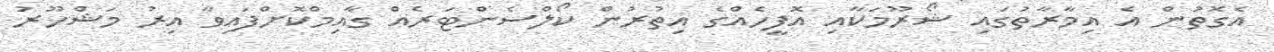
އެގޮތުން އެ އިމާރާތުގައި ޝޯރޫމަކާއި އޮފީހެއްގެ އިތުރުން ކޯލްސެންޓަރެއް ގާއިމްކޮށްފައިވާ އިރު މަޝްހޫރު